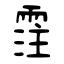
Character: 霔